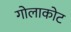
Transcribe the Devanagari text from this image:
गोलाकोट